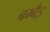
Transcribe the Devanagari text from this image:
बम्बैइ